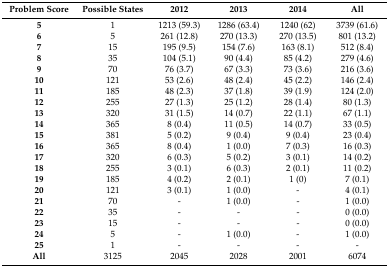
<table><thead><tr><td><b>Problem Score</b></td><td><b>Possible States</b></td><td><b>2012</b></td><td><b>2013</b></td><td><b>2014</b></td><td><b>All</b></td></tr></thead><tbody><tr><td><b>5</b></td><td>1</td><td>1213 (59.3)</td><td>1286 (63.4)</td><td>1240 (62)</td><td>3739 (61.6)</td></tr><tr><td><b>6</b></td><td>5</td><td>261 (12.8)</td><td>270 (13.3)</td><td>270 (13.5)</td><td>801 (13.2)</td></tr><tr><td><b>7</b></td><td>15</td><td>195 (9.5)</td><td>154 (7.6)</td><td>163 (8.1)</td><td>512 (8.4)</td></tr><tr><td><b>8</b></td><td>35</td><td>104 (5.1)</td><td>90 (4.4)</td><td>85 (4.2)</td><td>279 (4.6)</td></tr><tr><td><b>9</b></td><td>70</td><td>76 (3.7)</td><td>67 (3.3)</td><td>73 (3.6)</td><td>216 (3.6)</td></tr><tr><td><b>10</b></td><td>121</td><td>53 (2.6)</td><td>48 (2.4)</td><td>45 (2.2)</td><td>146 (2.4)</td></tr><tr><td><b>11</b></td><td>185</td><td>48 (2.3)</td><td>37 (1.8)</td><td>39 (1.9)</td><td>124 (2.0)</td></tr><tr><td><b>12</b></td><td>255</td><td>27 (1.3)</td><td>25 (1.2)</td><td>28 (1.4)</td><td>80 (1.3)</td></tr><tr><td><b>13</b></td><td>320</td><td>31 (1.5)</td><td>14 (0.7)</td><td>22 (1.1)</td><td>67 (1.1)</td></tr><tr><td><b>14</b></td><td>365</td><td>8 (0.4)</td><td>11 (0.5)</td><td>14 (0.7)</td><td>33 (0.5)</td></tr><tr><td><b>15</b></td><td>381</td><td>5 (0.2)</td><td>9 (0.4)</td><td>9 (0.4)</td><td>23 (0.4)</td></tr><tr><td><b>16</b></td><td>365</td><td>8 (0.4)</td><td>1 (0.0)</td><td>7 (0.3)</td><td>16 (0.3)</td></tr><tr><td><b>17</b></td><td>320</td><td>6 (0.3)</td><td>5 (0.2)</td><td>3 (0.1)</td><td>14 (0.2)</td></tr><tr><td><b>18</b></td><td>255</td><td>3 (0.1)</td><td>6 (0.3)</td><td>2 (0.1)</td><td>11 (0.2)</td></tr><tr><td><b>19</b></td><td>185</td><td>4 (0.2)</td><td>2 (0.1)</td><td>1 (0)</td><td>7 (0.1)</td></tr><tr><td><b>20</b></td><td>121</td><td>3 (0.1)</td><td>1 (0.0)</td><td>-</td><td>4 (0.1)</td></tr><tr><td><b>21</b></td><td>70</td><td>-</td><td>1 (0.0)</td><td>-</td><td>1 (0.0)</td></tr><tr><td><b>22</b></td><td>35</td><td>-</td><td>-</td><td>-</td><td>0 (0.0)</td></tr><tr><td><b>23</b></td><td>15</td><td>-</td><td>-</td><td>-</td><td>0 (0.0)</td></tr><tr><td><b>24</b></td><td>5</td><td>-</td><td>1 (0.0)</td><td>-</td><td>1 (0.0)</td></tr><tr><td><b>25</b></td><td>1</td><td>-</td><td>-</td><td>-</td><td>-</td></tr><tr><td><b>All</b></td><td>3125</td><td>2045</td><td>2028</td><td>2001</td><td>6074</td></tr></tbody></table>